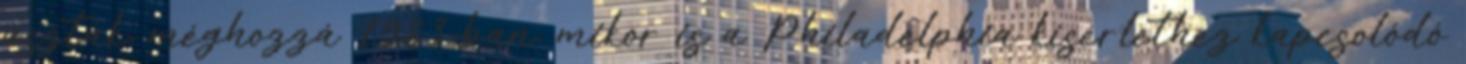
úsztak, méghozzá 1983-ban, mikor is a Philadelphia kísérlethez kapcsolódó